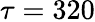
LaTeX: \tau=320